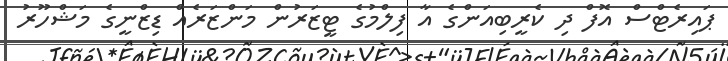
ޕައިރެޓްސް އޮފް ދި ކެރީބިއަންގެ އާ ފިލްމުގެ ޓީޒަރުން މަންޒަރެއް ޑިޒްނީގެ މަޝްހޫރު